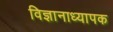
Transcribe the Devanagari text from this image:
विज्ञानाध्यापक